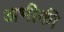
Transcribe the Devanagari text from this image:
अभीकी